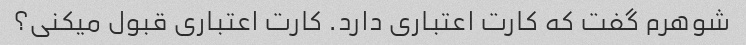
شوهرم گفت که کارت اعتباری دارد. کارت اعتباری قبول میکنی؟